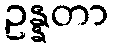
ဥန္နတာ